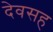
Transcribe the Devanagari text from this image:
देवसह